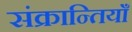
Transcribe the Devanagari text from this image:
संक्रान्तियाँ